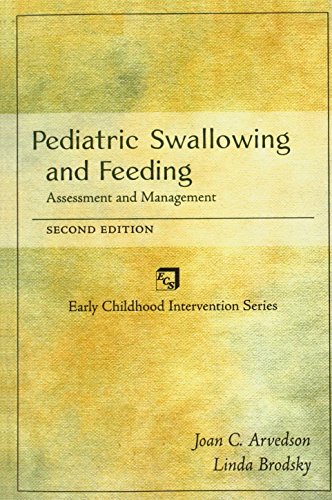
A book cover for Pediatric Swallowing and Feeding: Assessment and Management; Joan C. Arvedson; Medical Books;